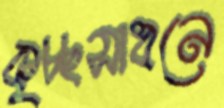
কৃচ্ছসাধনে